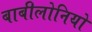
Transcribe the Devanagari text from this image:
बाबीलोनियो